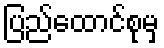
ပြည်ထောင်စုမှ